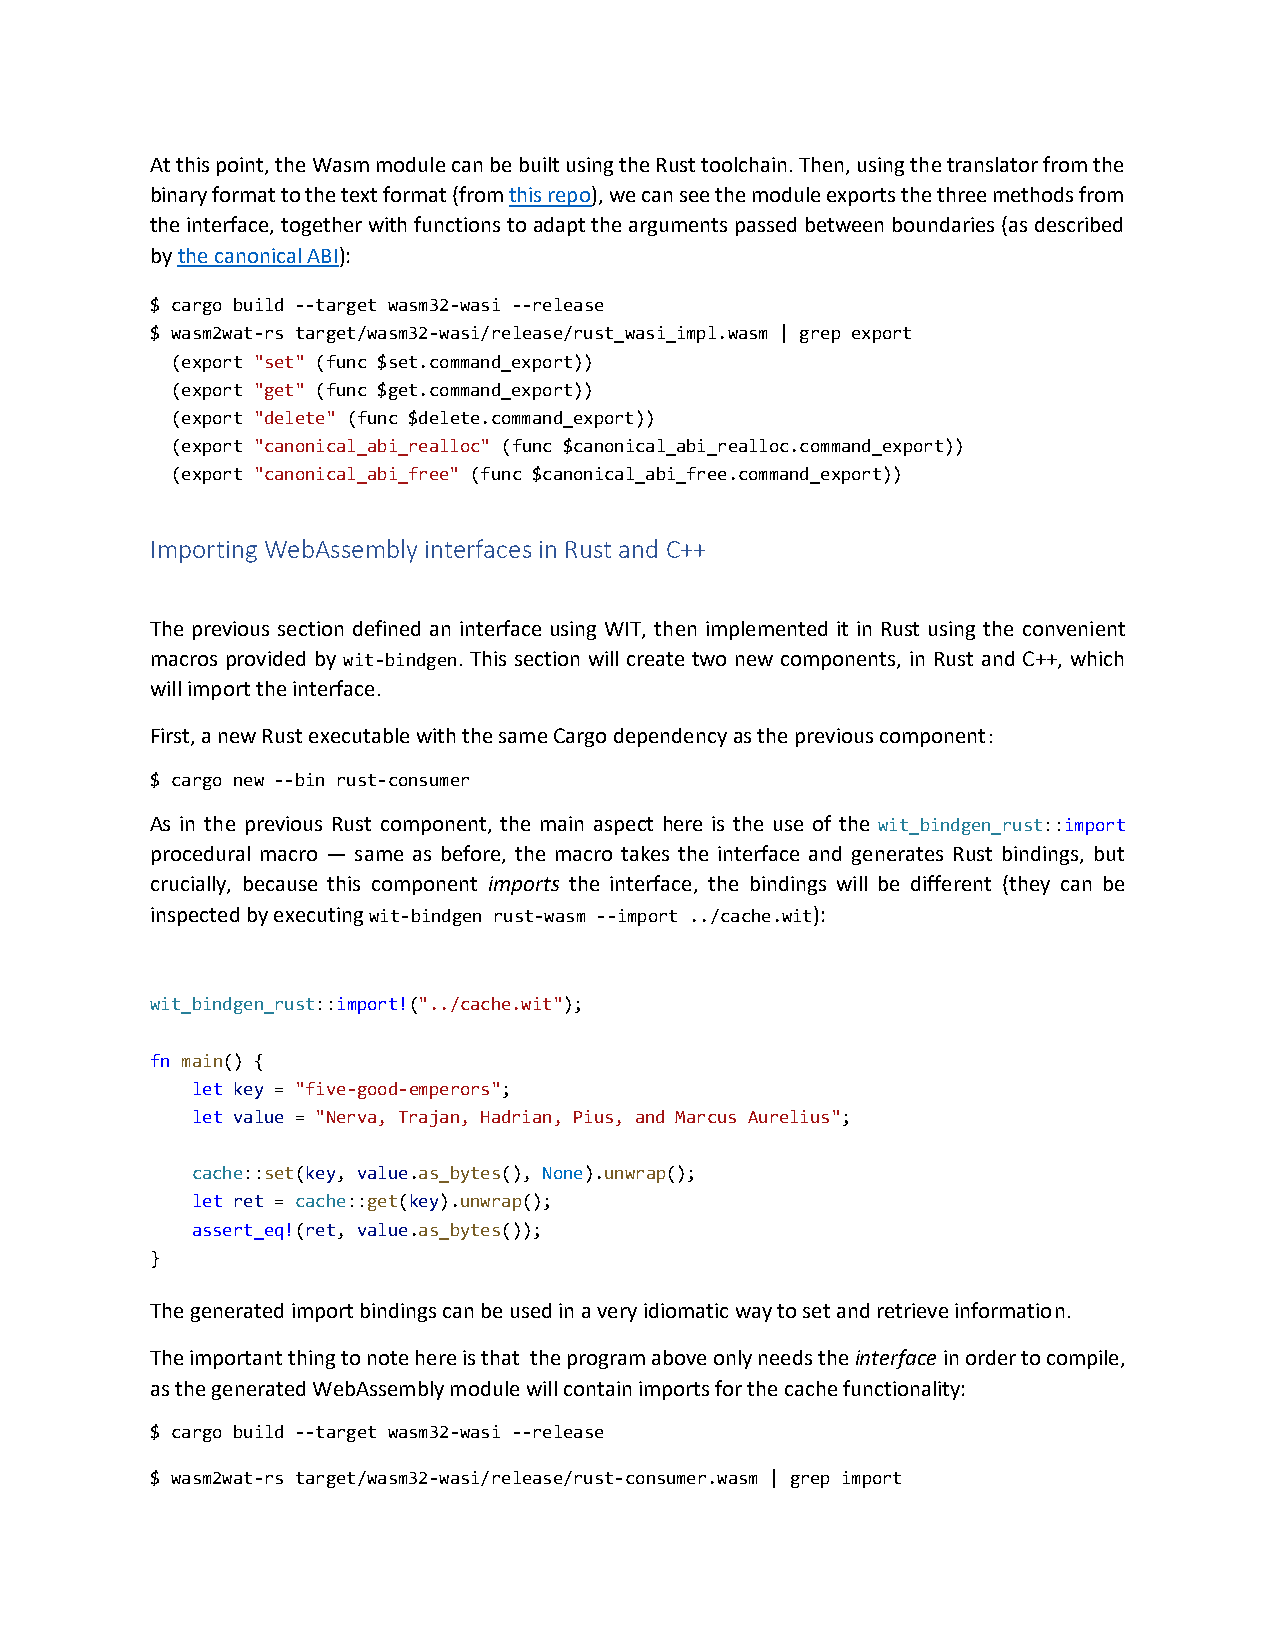
At this point, the Wasm module can be built using the Rust toolchain. Then, using the translator from the
 binary format to the text format (from this repo), we can see the module exports the three methods from
 the interface, together with functions to adapt the arguments passed between boundaries (as described
 by the canonical ABI):
 $ cargo build --target wasm32-wasi --release
 $ wasm2wat-rs target/wasm32-wasi/release/rust_wasi_impl.wasm | grep export
 (export "set" (func $set.command_export))
 (export "get" (func $get.command_export))
 (export "delete" (func $delete.command_export))
 (export "canonical_abi_realloc" (func $canonical_abi_realloc.command_export))
 (export "canonical_abi_free" (func $canonical_abi_free.command_export))
 Importing WebAssembly interfaces in Rust and C++
 The previous section defined an interface using WIT, then implemented it in Rust using the convenient
 macros provided by wit-bindgen. This section will create two new components, in Rust and C++, which
 will import the interface.
 First, a new Rust executable with the same Cargo dependency as the previous component:
 $ cargo new --bin rust-consumer
 As in the previous Rust component, the main aspect here is the use of the wit_bindgen_rust::import
 procedural macro — same as before, the macro takes the interface and generates Rust bindings, but
 crucially, because this component imports the interface, the bindings will be different (they can be
 inspected by executing wit-bindgen rust-wasm --import ../cache.wit):
 wit_bindgen_rust::import!("../cache.wit");
 fn main() {
 let key = "five-good-emperors";
 let value = "Nerva, Trajan, Hadrian, Pius, and Marcus Aurelius";
 cache::set(key, value.as_bytes(), None).unwrap();
 let ret = cache::get(key).unwrap();
 assert_eq!(ret, value.as_bytes());
 }
 The generated import bindings can be used in a very idiomatic way to set and retrieve information.
 The important thing to note here is that the program above only needs the interface in order to compile,
 as the generated WebAssembly module will contain imports for the cache functionality:
 $ cargo build --target wasm32-wasi --release
 $ wasm2wat-rs target/wasm32-wasi/release/rust-consumer.wasm | grep import